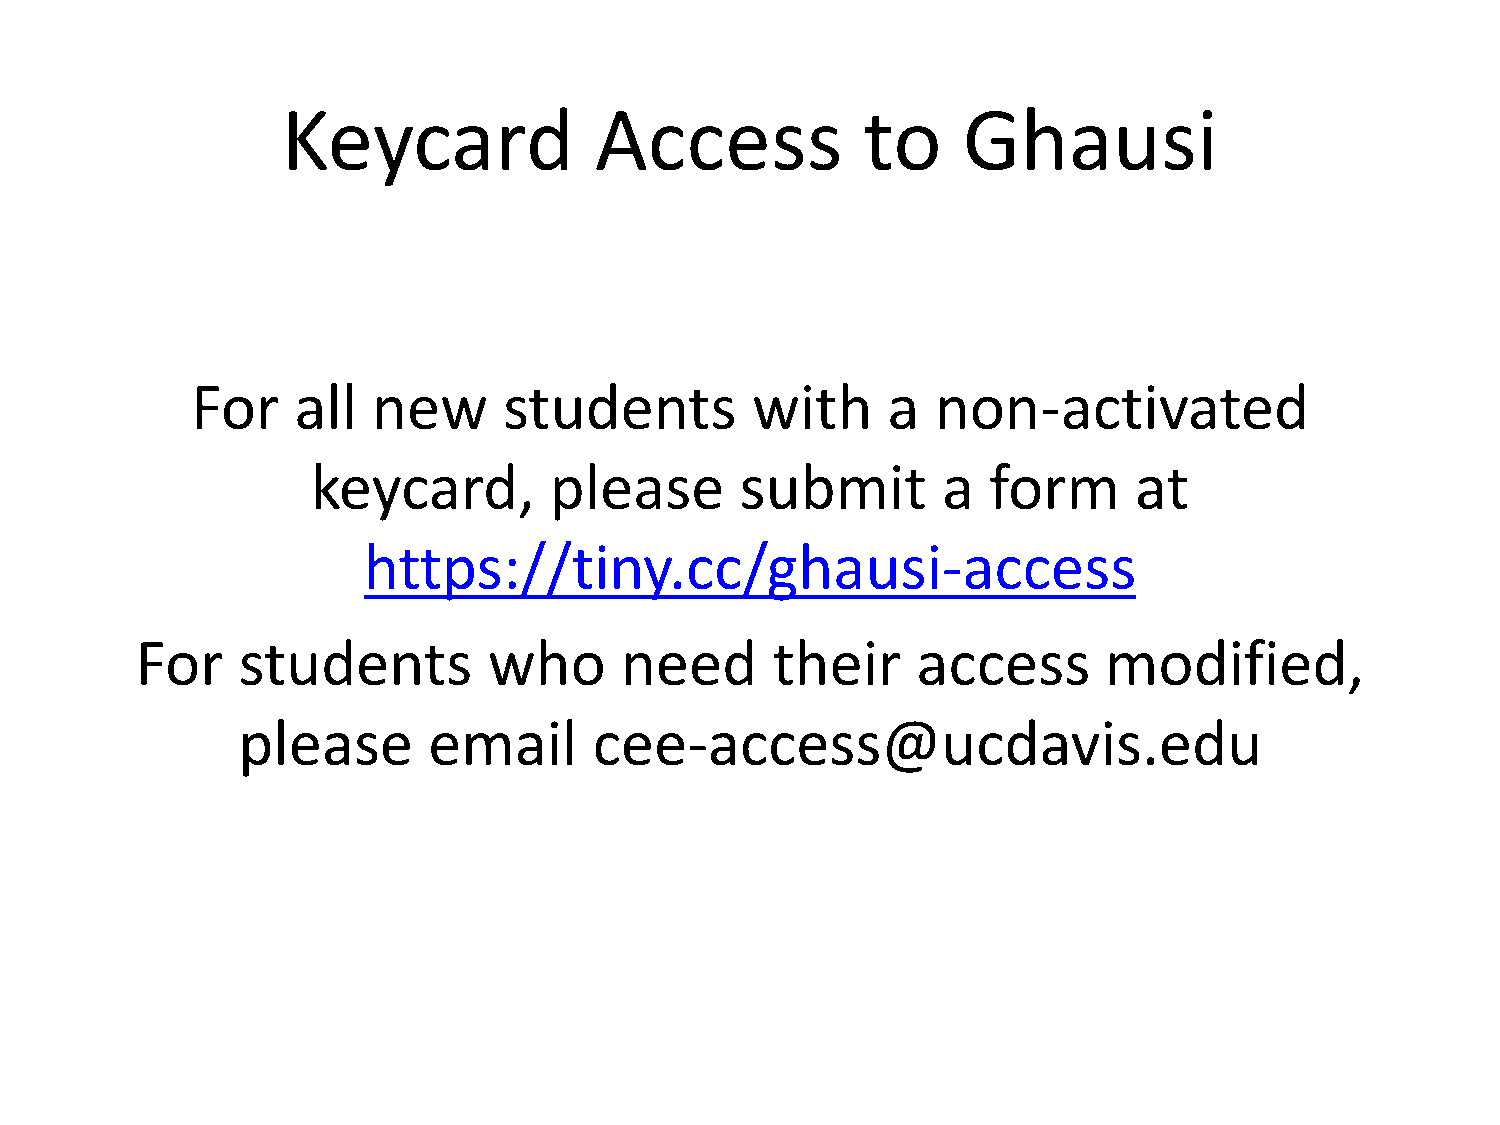
Keycard             Access            to     Ghausi
 For   all   new     students         with     a  non-activated
 keycard,       please       submit       a  form      at
 https://tiny.cc/ghausi-access
 For    students        who      need      their     access      modified,
 please      email      cee-access@ucdavis.edu